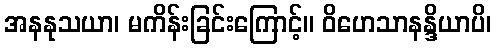
အနနုသယာ၊ မကိန်းခြင်းကြောင့်။ ဝိဟေသာနန္ဒိယာပိ၊